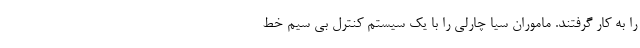
را به کار گرفتند. ماموران سیا چارلی را با یک سیستم کنترل بی سیم خط